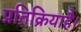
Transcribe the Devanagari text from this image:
प्रतिक्रियाहै।